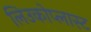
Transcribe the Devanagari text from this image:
लिउकोप्लास्ट